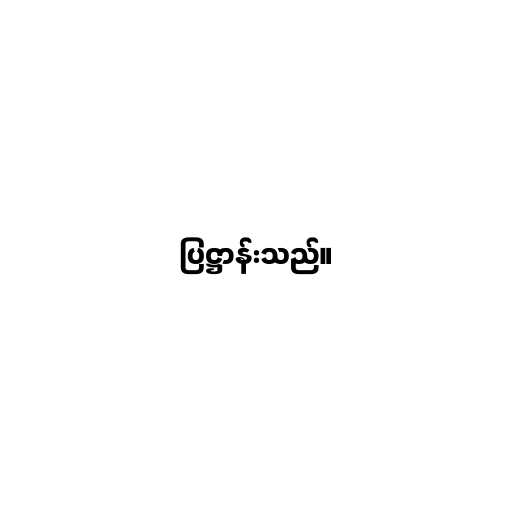
ပြဋ္ဌာန်းသည်။